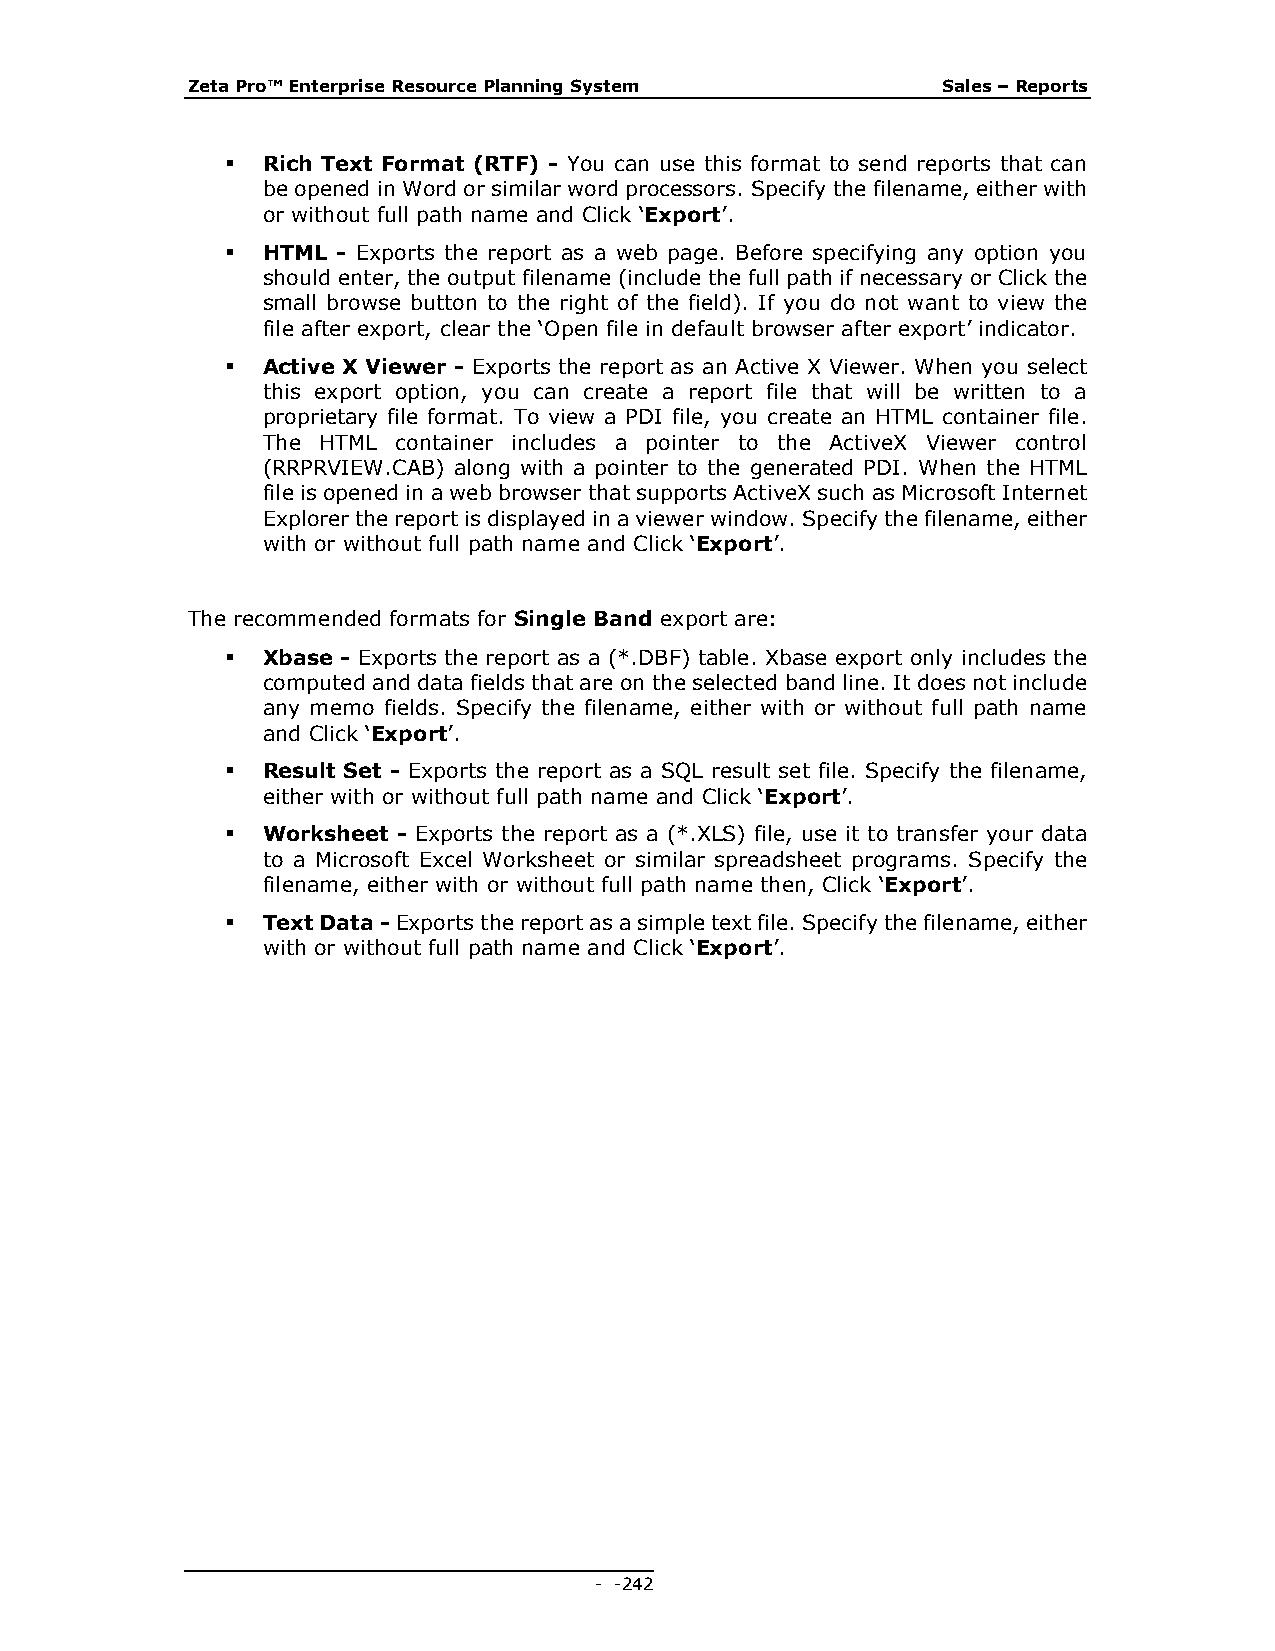
Zeta Pro™ Enterprise Resource Planning System     Sales – Reports
  Rich Text Format (RTF) - You can use this format to send reports that can
 be opened in Word or similar word processors. Specify the filename, either with
 or without full path name and Click ‘Export’.
  HTML - Exports the report as a web page. Before specifying any option you
 should enter, the output filename (include the full path if necessary or Click the
 small browse button to the right of the field). If you do not want to view the
 file after export, clear the ‘Open file in default browser after export’ indicator.
  Active X Viewer - Exports the report as an Active X Viewer. When you select
 this export option, you can create a report file that will be written to a
 proprietary file format. To view a PDI file, you create an HTML container file.
 The HTML container includes a pointer to the ActiveX Viewer control
 (RRPRVIEW.CAB) along with a pointer to the generated PDI. When the HTML
 file is opened in a web browser that supports ActiveX such as Microsoft Internet
 Explorer the report is displayed in a viewer window. Specify the filename, either
 with or without full path name and Click ‘Export’.
 The recommended formats for Single Band export are:
  Xbase - Exports the report as a (*.DBF) table. Xbase export only includes the
 computed and data fields that are on the selected band line. It does not include
 any memo fields. Specify the filename, either with or without full path name
 and Click ‘Export’.
  Result Set - Exports the report as a SQL result set file. Specify the filename,
 either with or without full path name and Click ‘Export’.
  Worksheet - Exports the report as a (*.XLS) file, use it to transfer your data
 to a Microsoft Excel Worksheet or similar spreadsheet programs. Specify the
 filename, either with or without full path name then, Click ‘Export’.
  Text Data - Exports the report as a simple text file. Specify the filename, either
 with or without full path name and Click ‘Export’.
 - - 242